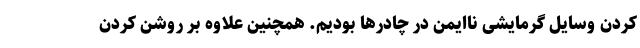
کردن وسایل گرمایشی ناایمن در چادرها بودیم. همچنین علاوه بر روشن کردن